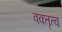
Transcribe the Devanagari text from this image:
वक्‍तृत्‍व